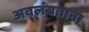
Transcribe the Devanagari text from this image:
अवलंबताना